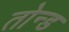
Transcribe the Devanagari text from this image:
तोन्ड